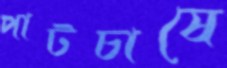
পাটচাষে